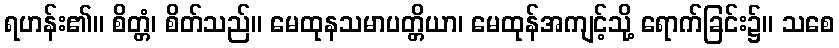
ရဟန်း၏။ စိတ္တံ၊ စိတ်သည်။ မေထုနသမာပတ္တိယာ၊ မေထုန်အကျင့်သို့ ရောက်ခြင်း၌။ သစေ